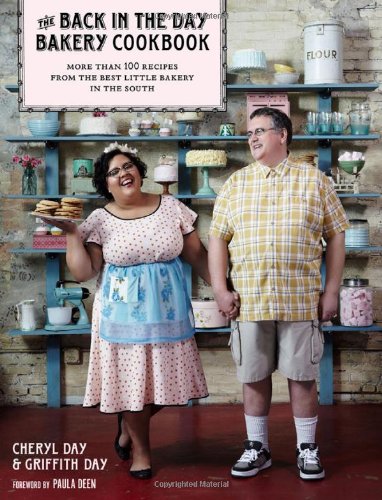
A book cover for The Back in the Day Bakery Cookbook; Cheryl Day; Cookbooks, Food & Wine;